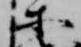
等